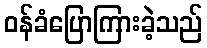
ဝန်ခံပြောကြားခဲ့သည်